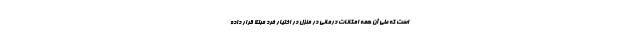
است که طی آن همه امکانات درمانی در منزل در اختیار فرد مبتلا قرار داده